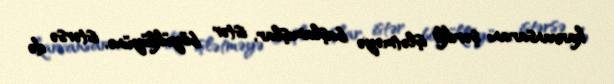
karvansaranı şərikli işlətməyə başlamışlar, istər böyüklüyünə, istərsə də